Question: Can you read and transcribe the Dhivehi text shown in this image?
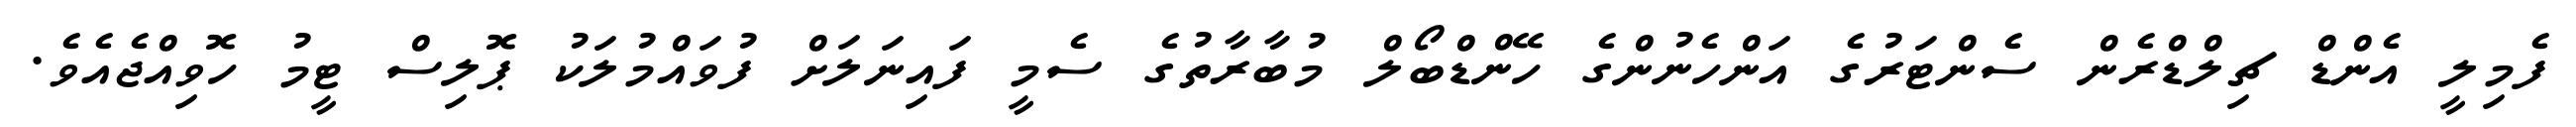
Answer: ފެމިލީ އެންޑް ޗިލްޑްރެން ސެންޓަރުގެ އަންހެނުންގެ ހޭންޑްބޯލް މުބާރާތުގެ ސެމީ ފައިނަލަށް ފުވައްމުލަކު ޕޮލިސް ޓީމު ހޮވިއްޖެއެވެ.